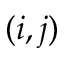
( i , j )